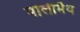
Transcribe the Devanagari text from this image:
पोलीमैथ